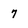
Character: 7